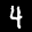
Label: 4